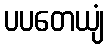
ပပတေယျံ